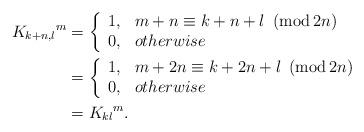
LaTeX: \begin{align*}K_{k+n,l}{}^{m} & =\left\{\begin{array}[c]{ll}1, & m+n\equiv k+n+l\ \left( \operatorname{mod}2n\right) \\0, & otherwise\end{array}\right. \\& =\left\{\begin{array}[c]{ll}1, & m+{2n}\equiv k+{2n}+l\ \left( \operatorname{mod}2n\right) \\0, & otherwise\end{array}\right. \\& =K_{kl}{}^{m}.\end{align*}